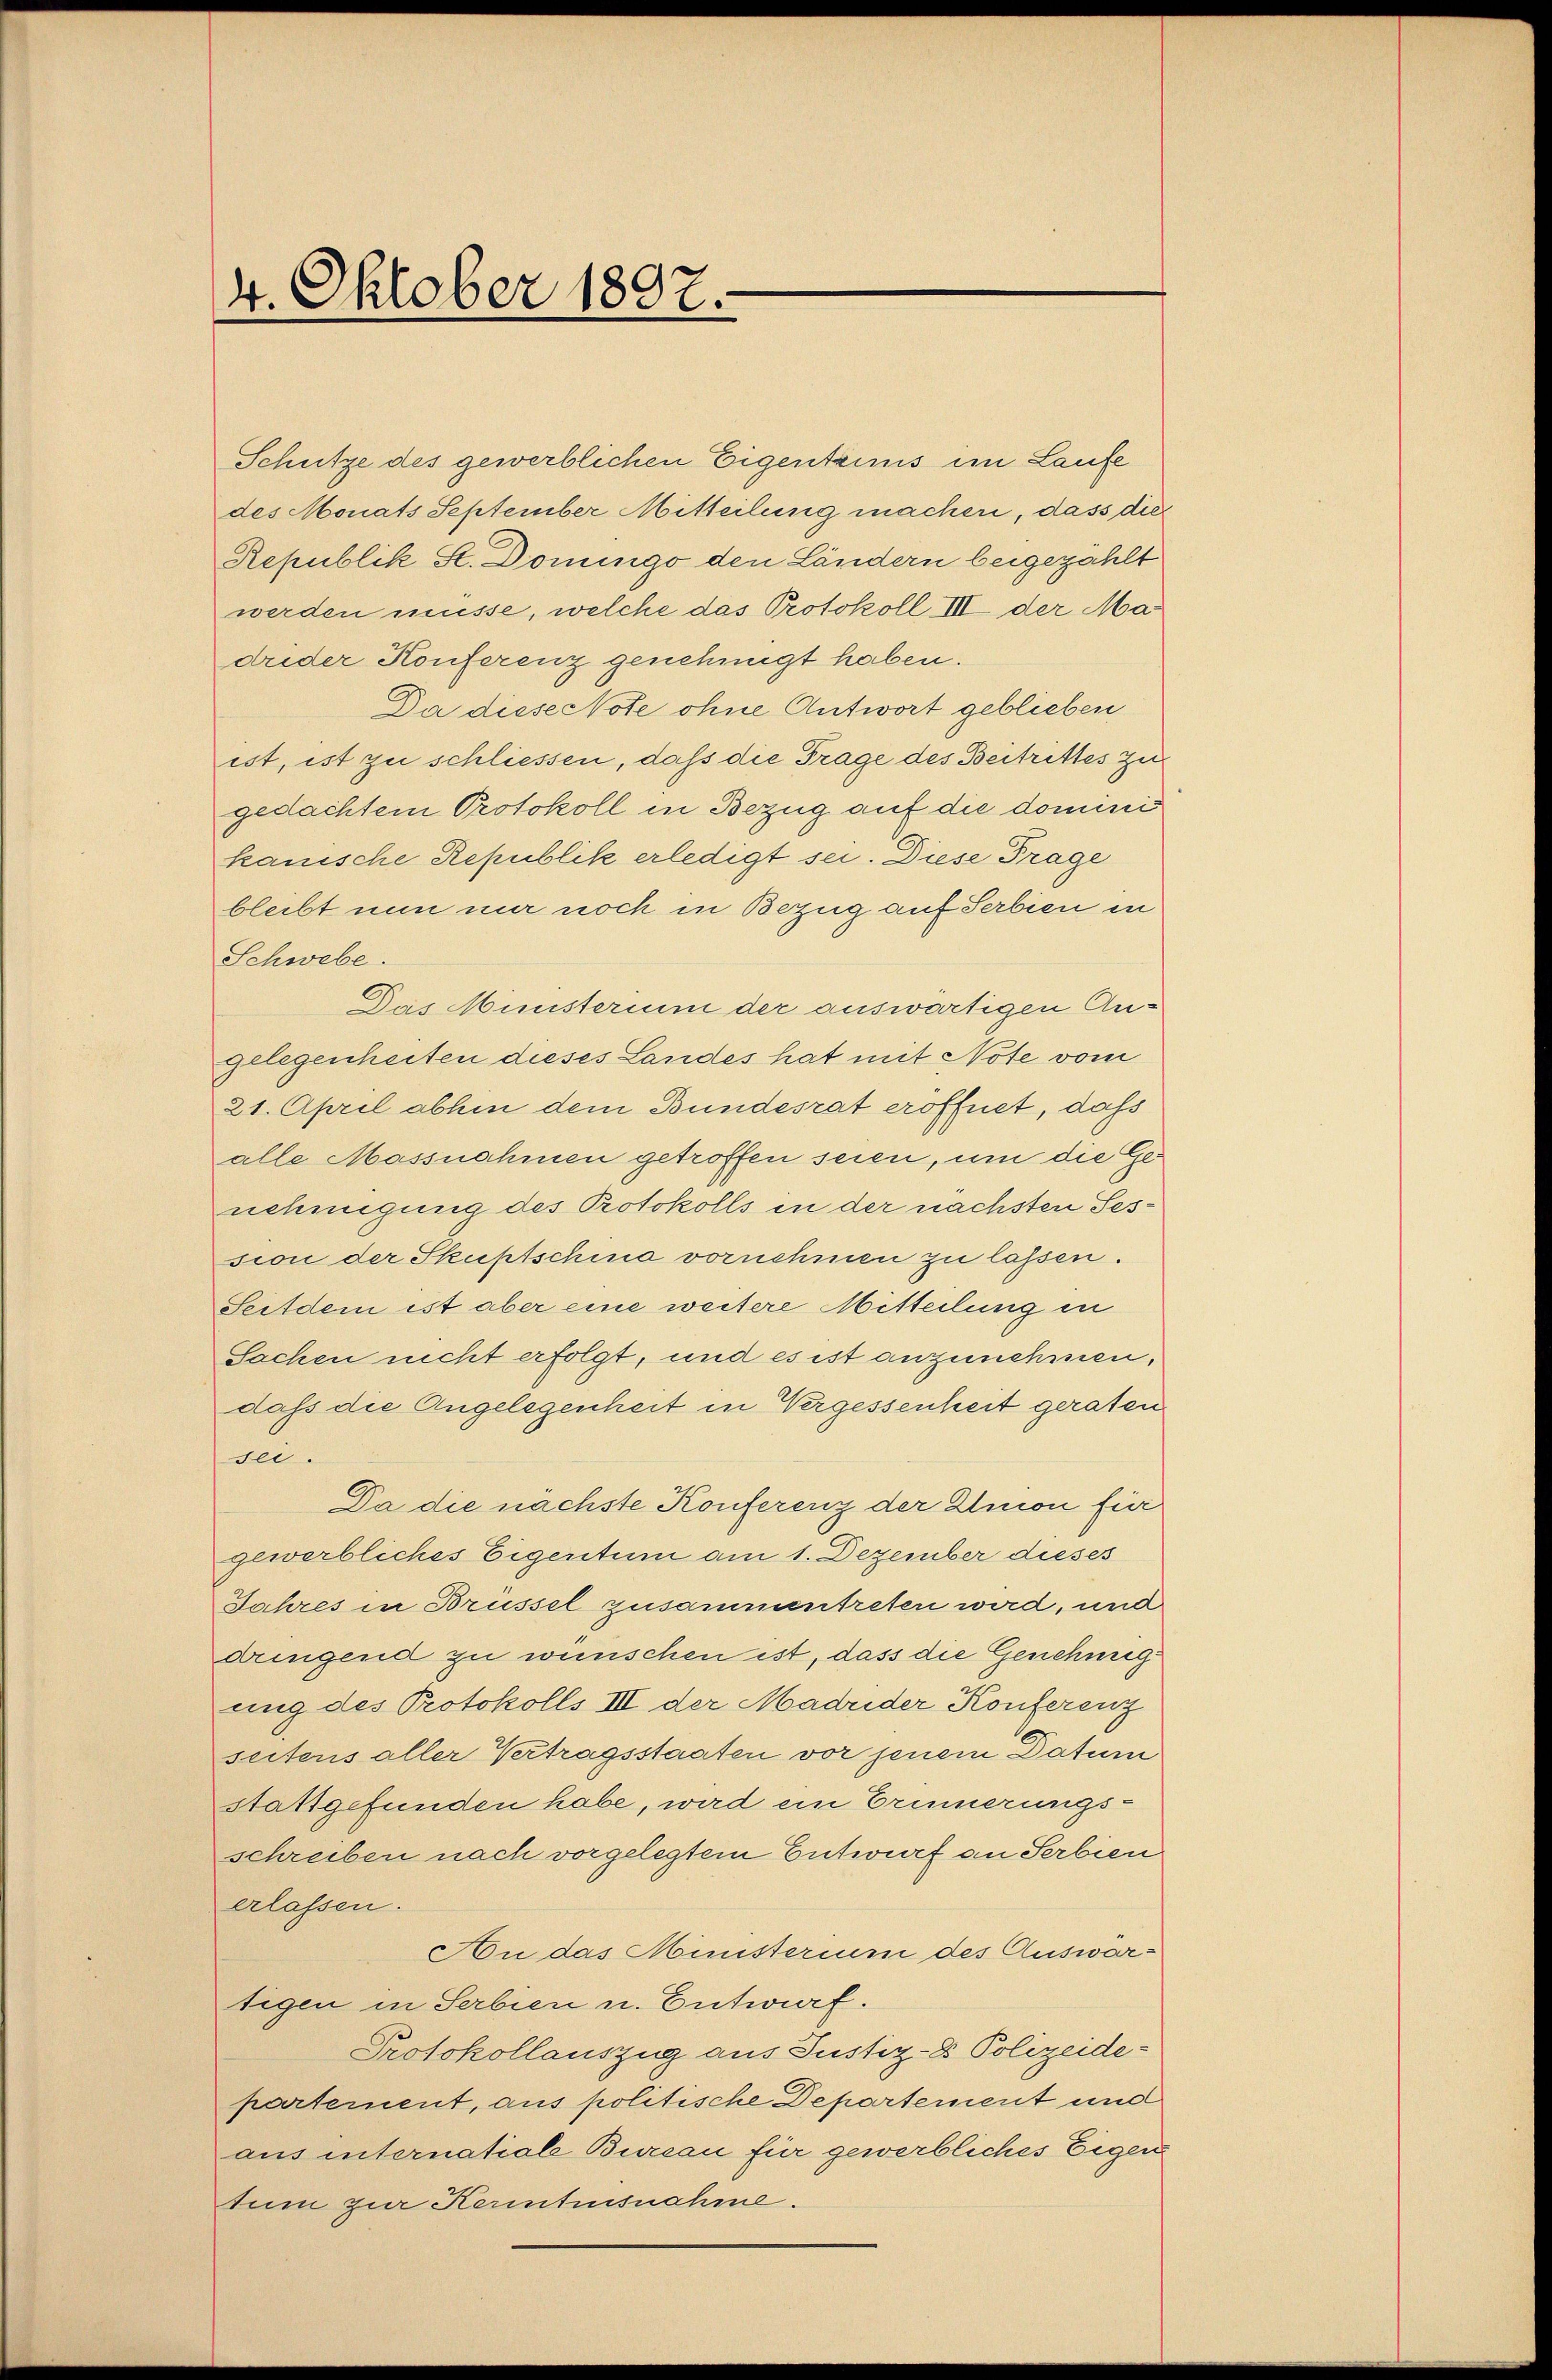
Schütze des gewerblichen Eigentrimis im Laufe
des Monats September Mitteilung machen, dass dies
Republik St. Domingo den Ländern beigezahlt
werden müsse, welche das Protokoll III der Madrider Konferenz genehmigt haben.
Da diese Note ohne Antwort geblieben
ist, ist zu schliessen, daß die Frage des Beitrittes zu
gedachtem Protokoll in Bezug auf die dominis
kanische Republik erledigt sei. Diese Frage
bleibt nun nur noch in Bezug auf Serbien in
Schwebe.
Das Munsterium der auswärtigen Angelegenheiten dieses Landes hat mit Note vom
21. April abhin dem Bundesrat eröffnet, daß
alle Massnahmen getroffen seien, um die Genehmigung des Protokolls in der nächsten Session der Skuftschina vornehmen zu lassen.
Seitdem ist aber eine weitere Mitteilung in
Sachen nicht erfolgt, und es ist anzunehmen.
dass die Angelegenheit in Vergessenheit geraten
sei.
Da die nächste Konferenz der Union für
gewerbliches Eigentum am 1. Dezember dieses
Jahres in Brüssel zusammentreten wird, und
dringend zu wünschen ist, dass die Genehmig
ung des Protokolls III der Madrider Konferenz
seiters aller Vertragsstaaten vor jenem Datum
stattgefunden habe, wird ein Erinnerungs-
schreiben nach vorgelegtem Entwurf an Serbien
erlassen.
Au das Ministerium des Auswärtigen in Serbien u. Entwurf.
Protokollauszug aus Justiz- & Polizeide-
partement, aus politische Departement und
aus internatiale Bureau für gewerbliches Eigen
tum zur Kenntensnahme.

4. Oktober 1897.